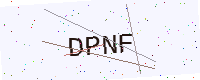
Text: DPNF